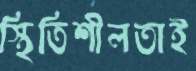
স্থিতিশীলতাই